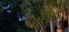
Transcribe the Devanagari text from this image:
उथि